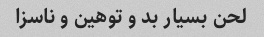
لحن بسیار بد و توهین و ناسزا